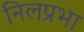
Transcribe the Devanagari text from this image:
निलप्रभा